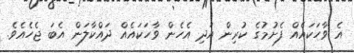
އެ ވާހަކައެއް ފެށުމުގެ ކުރިން އަދި އެހެން ވާހަކައެއް ދައްކާލަން އެބަ ޖެހެއެވެ.